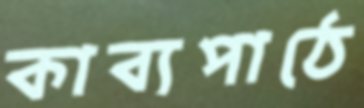
কাব্যপাঠে